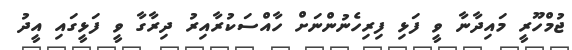
ޖުމްހޫރީ މައިދާނާ ވީ ފަޅި ފިރިހެނުންނަށް ހާއްސަކުރާއިރު ދިރާގާ ވީ ފަޅީގައި އީދު